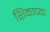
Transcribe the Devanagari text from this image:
शिकाव्या